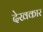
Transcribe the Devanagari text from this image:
देखकार